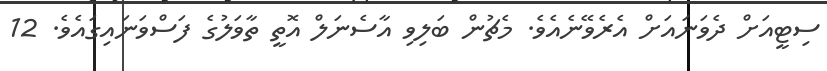
ސިޓީއަށް ދެވަނައަށް އެރެވޭނެއެވެ. މެޗުން ބަލިވި އާސެނަލް އޮތީ ތާވަލުގެ ފަސްވަނައިގައެވެ. 12